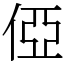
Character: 俹